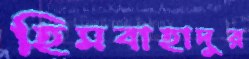
হিমবাহাদুর